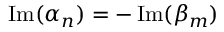
\operatorname { I m } ( \alpha _ { n } ) = - \operatorname { I m } ( \beta _ { m } )